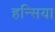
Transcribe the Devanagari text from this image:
हन्सिया